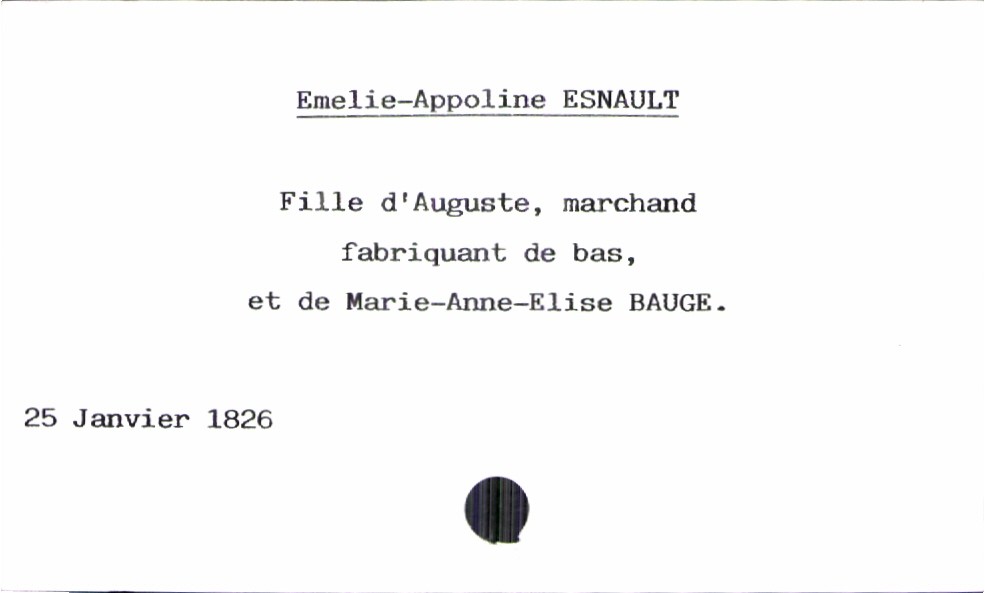
type_acte: Baptême
année: 1826
mois: janvier
jour: 25
filiation: fille
enfant_prénom: Emelie-Appoline
enfant_date_de_naissance: 25 janvier 1826
père_enfant_nom: Esnault
père_enfant_prénom: Auguste
père_enfant_profession: marchand fabriquant de bas
mère_enfant_nom: Bauge
mère_enfant_prénom: Marie-Anne-Elise